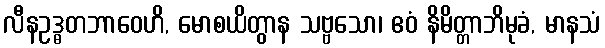
လီနဥဒ္ဓတဘာဝေဟိ, မောစယိတွာန သဗ္ဗသော၊ ဧဝံ နိမိတ္တာဘိမုခံ, မာနသံ